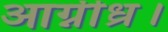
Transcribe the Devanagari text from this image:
आग्नीध्र।